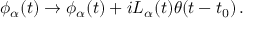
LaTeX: \phi _ { \alpha } ( t ) \to \phi _ { \alpha } ( t ) + i L _ { \alpha } ( t ) \theta ( t - t _ { 0 } ) \, .